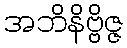
အဘိနိဗ္ဗိဇ္ဇ